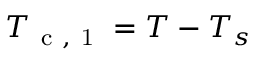
T _ { \mathrm { ~ c ~ , ~ 1 ~ } } = T - T _ { s }